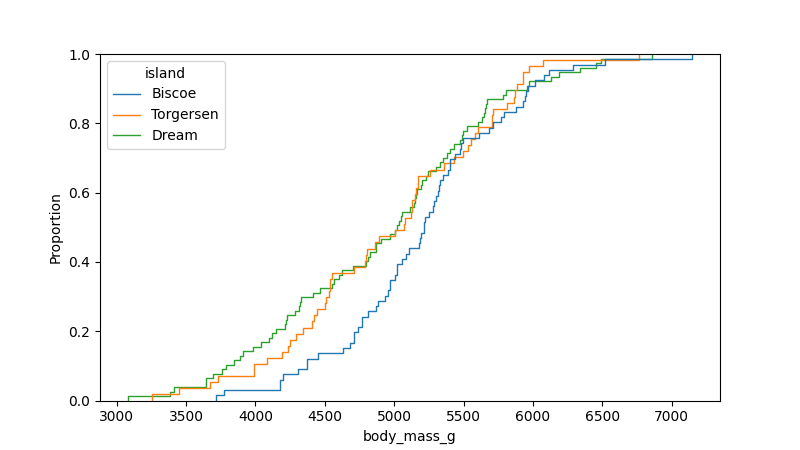
python, seaborn, ecdfplot, column='body_mass_g', hue='island', stat='proportion', linewidth=1.0